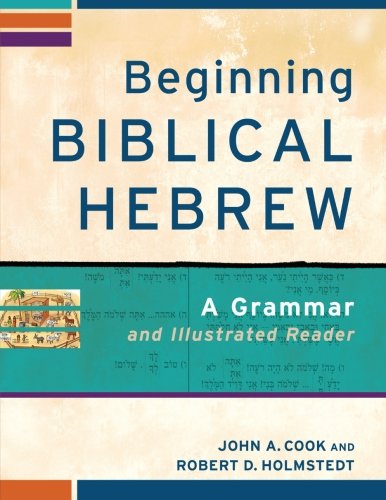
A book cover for Beginning Biblical Hebrew: A Grammar and Illustrated Reader; John A. Cook; Christian Books & Bibles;